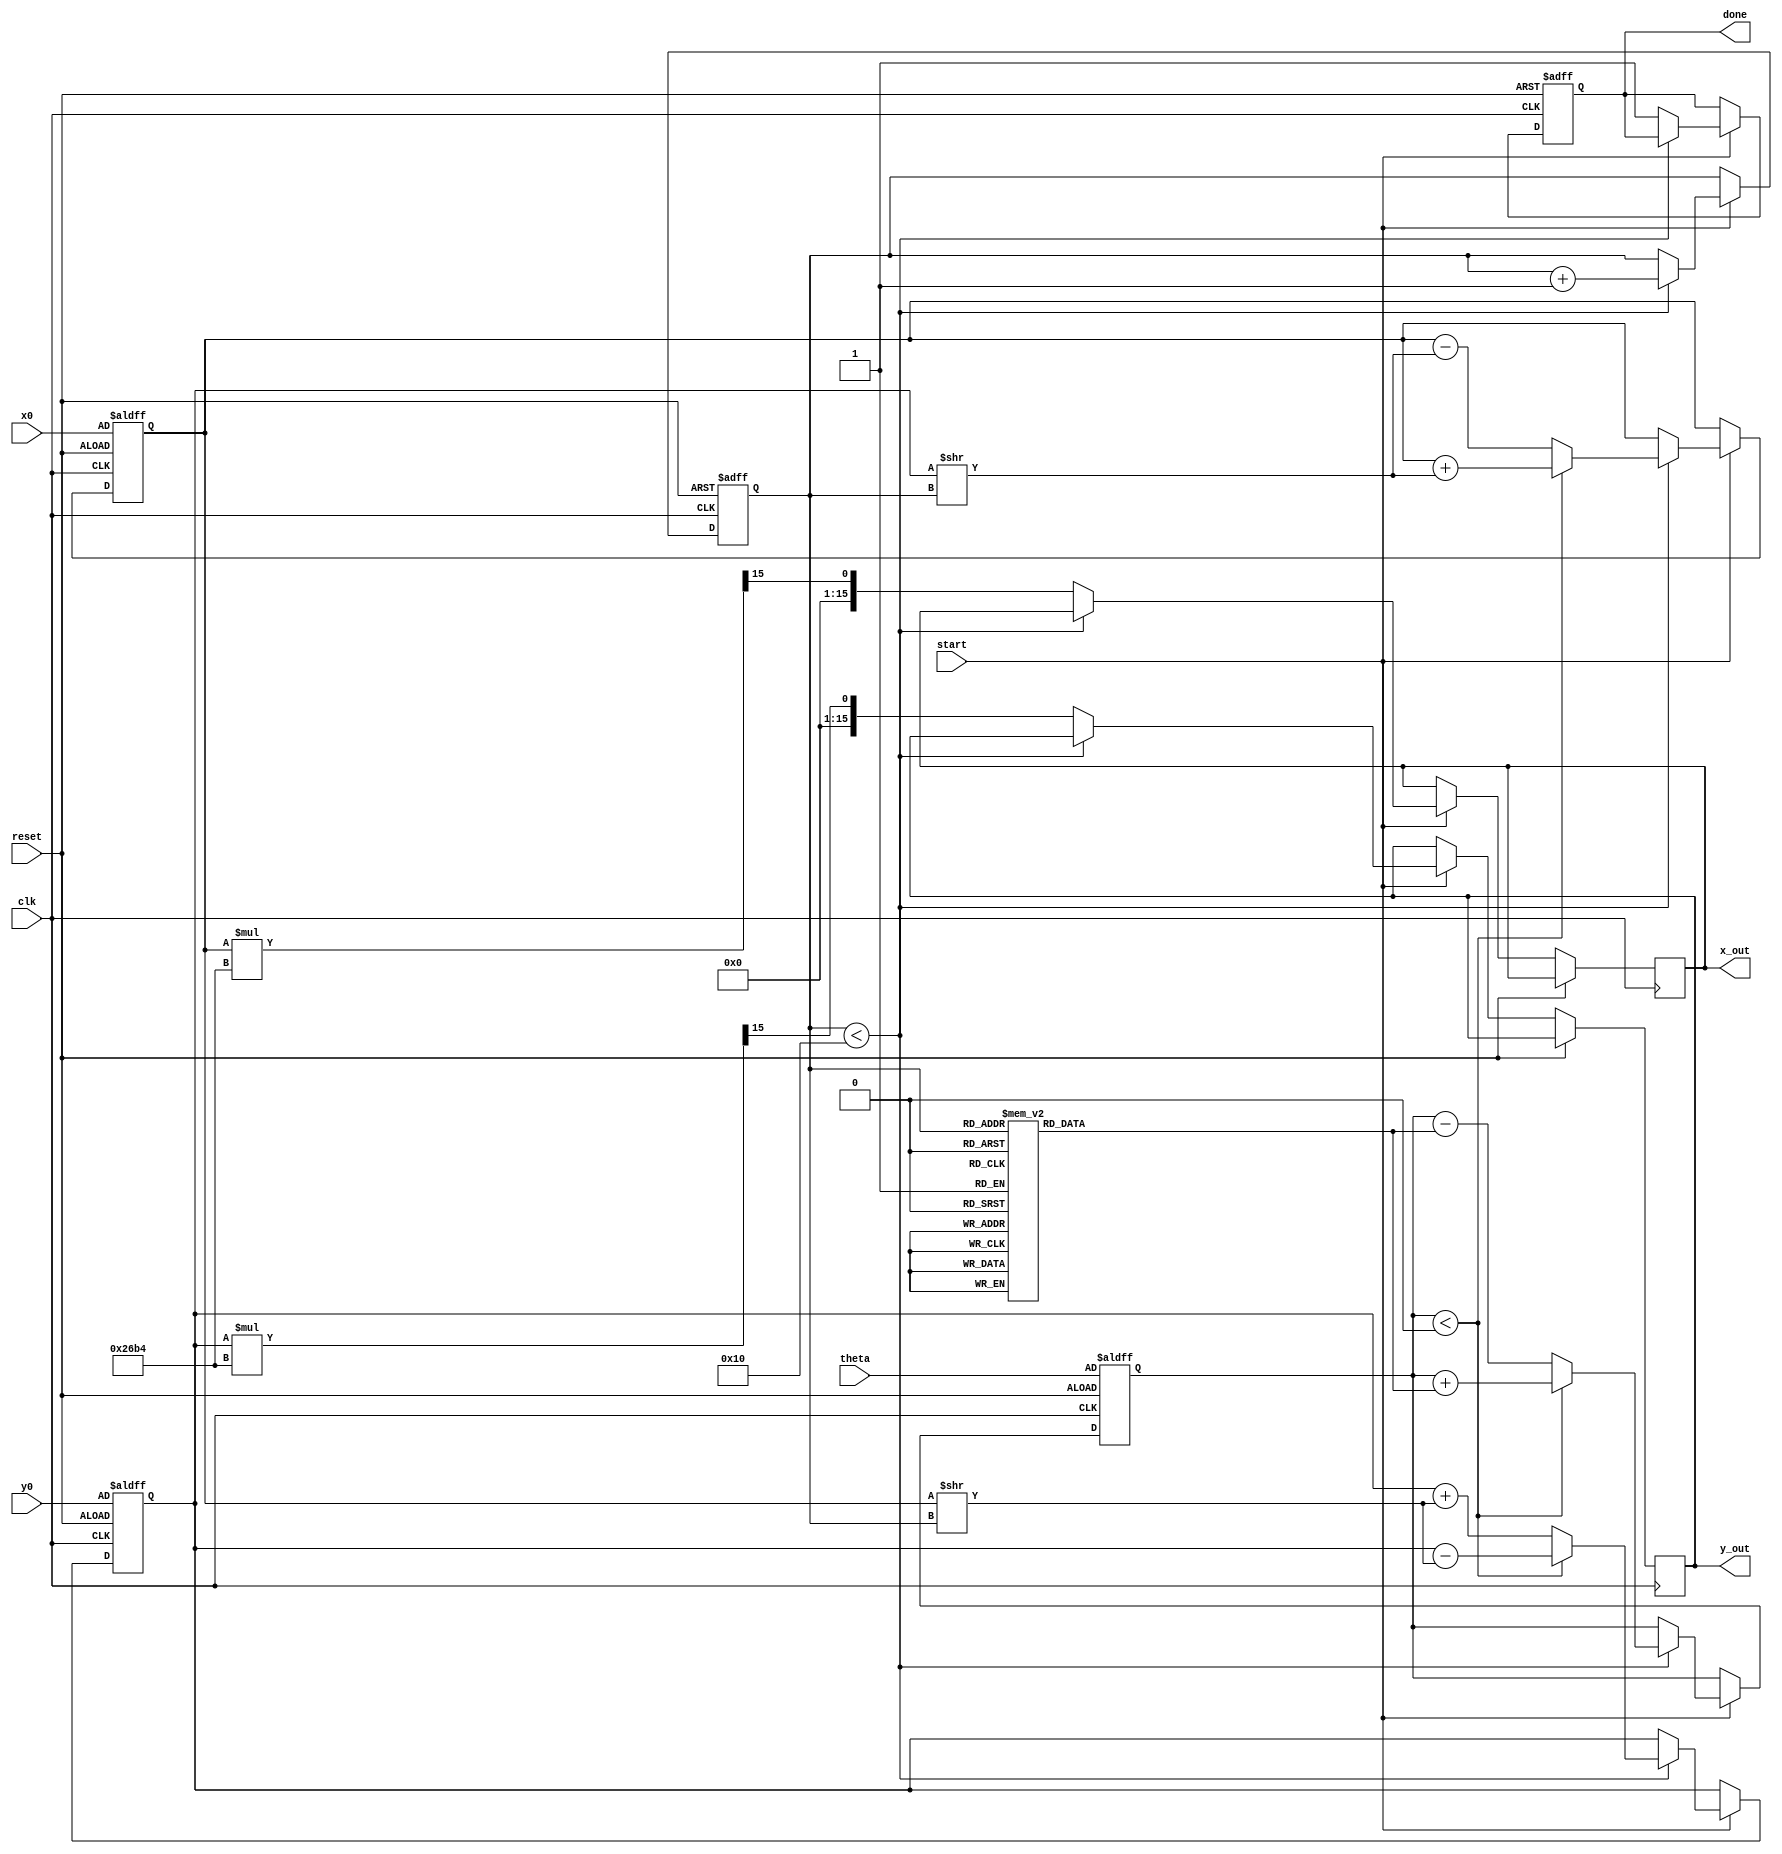
module cordic (
    input wire clk,
    input wire reset,
    input wire start,
    input wire [15:0] theta,      // Input angle in fixed point
    input wire [15:0] x0,         // Initial X-coordinate
    input wire [15:0] y0,         // Initial Y-coordinate
    output reg [15:0] x_out,      // Resulting X-coordinate
    output reg [15:0] y_out,      // Resulting Y-coordinate
    output reg done               // Indicates completion
);

    // CORDIC parameters
    parameter N_ITER = 16;          // Number of iterations
    parameter K = 16'h26B4;         // Scaling factor (approx 0.607)
    
    // Internal registers
    reg [15:0] x_reg;
    reg [15:0] y_reg;
    reg [15:0] z_reg;
    reg [3:0] iteration;
    
    // Precomputed arctan values for each iteration
    reg [15:0] atan_table [0:N_ITER-1];
    
    initial begin
        // Precompute arctan(2^-i) values
        atan_table[0] = 16'h2000; // atan(1) = /4
        atan_table[1] = 16'h1333; // atan(0.5)
        atan_table[2] = 16'h0A3D; // atan(0.25)
        // Fill in the rest of the table...
        atan_table[3] = 16'h0524; // atan(0.125)
        atan_table[4] = 16'h028B; // atan(0.0625)
        atan_table[5] = 16'h0145; // atan(0.03125)
        atan_table[6] = 16'h00A3; // atan(0.015625)
        atan_table[7] = 16'h0051; // atan(0.0078125)
        atan_table[8] = 16'h0028; // atan(0.00390625)
        atan_table[9] = 16'h0014; // atan(0.001953125)
        atan_table[10] = 16'h000A; // atan(0.0009765625)
        atan_table[11] = 16'h0005; // atan(0.00048828125)
        atan_table[12] = 16'h0002; // atan(0.000244140625)
        atan_table[13] = 16'h0001; // atan(0.0001220703125)
        atan_table[14] = 16'h0001; // atan(0.00006103515625)
        atan_table[15] = 16'h0000; // atan(0)
    end

    // State machine for iteration control
    always @(posedge clk or posedge reset) begin
        if (reset) begin
            x_reg <= x0;
            y_reg <= y0;
            z_reg <= theta;
            iteration <= 0;
            done <= 0;
        end else if (start) begin
            if (iteration < N_ITER) begin
                // CORDIC rotation operation
                if (z_reg < 0) begin
                    // Counter-clockwise rotation
                    x_reg <= x_reg + (y_reg >> iteration);
                    y_reg <= y_reg - (x_reg >> iteration);
                    z_reg <= z_reg + atan_table[iteration];
                end else begin
                    // Clockwise rotation
                    x_reg <= x_reg - (y_reg >> iteration);
                    y_reg <= y_reg + (x_reg >> iteration);
                    z_reg <= z_reg - atan_table[iteration];
                end
                iteration <= iteration + 1;
            end else begin
                // Final scaling
                x_out <= x_reg * K >> 15; // Scale the output
                y_out <= y_reg * K >> 15; // Scale the output
                done <= 1; // Indicate completion
            end
        end
    end

endmodule